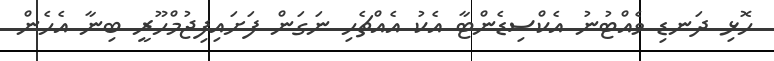
ހޮޅި ދަނޑި ވެއްޓުނު އެކްސިޑެންޓާ އެކު އެއްޗެހި ނަގަން ފަށައިފިޖުމްހޫރީ ބިނާ އެހެން